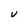
Character: U